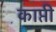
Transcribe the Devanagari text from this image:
काप्ती